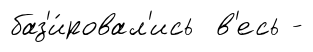
баз'и́ровал'ись в'есь -